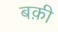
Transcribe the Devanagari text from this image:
बक़ी